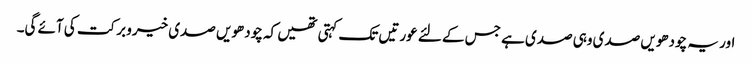
اور یہ چودھویں صدی وہی صدی ہے جس کے لئے عورتیں تک کہتی تھیں کہ چودھویں صدی خیرو برکت کی آئے گی۔